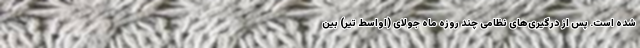
شده است. پس از درگیری‌های نظامی چند روزه ماه جولای (اواسط تیر) بین